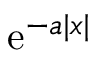
\operatorname { e } ^ { - a | x | }